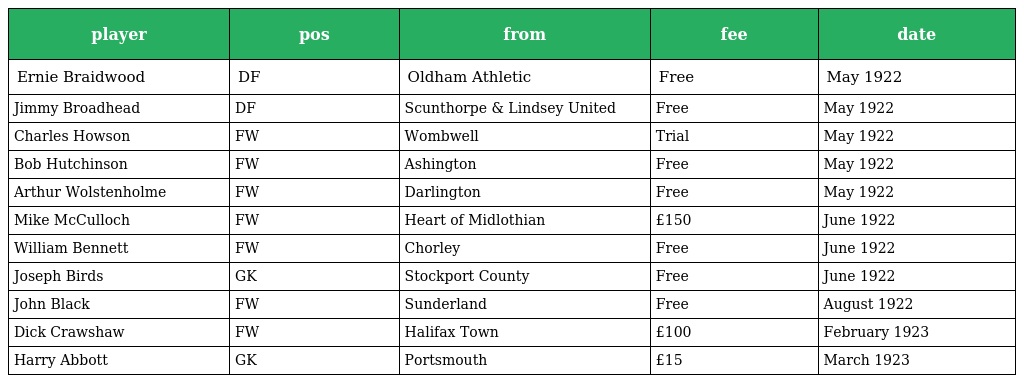
| player | pos | from | fee | date |
 | --- | --- | --- | --- | --- |
 | Ernie Braidwood | DF | Oldham Athletic | Free | May 1922 |
 | Jimmy Broadhead | DF | Scunthorpe & Lindsey United | Free | May 1922 |
 | Charles Howson | FW | Wombwell | Trial | May 1922 |
 | Bob Hutchinson | FW | Ashington | Free | May 1922 |
 | Arthur Wolstenholme | FW | Darlington | Free | May 1922 |
 | Mike McCulloch | FW | Heart of Midlothian | £150 | June 1922 |
 | William Bennett | FW | Chorley | Free | June 1922 |
 | Joseph Birds | GK | Stockport County | Free | June 1922 |
 | John Black | FW | Sunderland | Free | August 1922 |
 | Dick Crawshaw | FW | Halifax Town | £100 | February 1923 |
 | Harry Abbott | GK | Portsmouth | £15 | March 1923 |